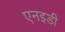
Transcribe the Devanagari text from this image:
एनइडी